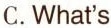
C.What's